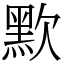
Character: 㱄